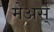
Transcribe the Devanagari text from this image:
मेअर्स्